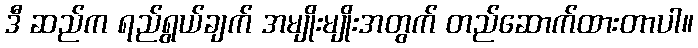
ဒီ ဆည်က ရည်ရွယ်ချက် အမျိုးမျိုးအတွက် တည်ဆောက်ထားတာပါ။